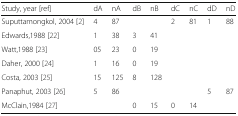
<table><thead><tr><td><b>Study, year [ref]</b></td><td><b>dA</b></td><td><b>nA</b></td><td><b>dB</b></td><td><b>nB</b></td><td><b>dC</b></td><td><b>nC</b></td><td><b>dD</b></td><td><b>nD</b></td></tr></thead><tbody><tr><td>Suputtamongkol, 2004 [2]</td><td>4</td><td>87</td><td></td><td></td><td>2</td><td>81</td><td>1</td><td>88</td></tr><tr><td>Edwards,1988 [22]</td><td>1</td><td>38</td><td>3</td><td>41</td><td></td><td></td><td></td><td></td></tr><tr><td>Watt,1988 [23]</td><td>05</td><td>23</td><td>0</td><td>19</td><td></td><td></td><td></td><td></td></tr><tr><td>Daher, 2000 [24]</td><td>1</td><td>16</td><td>0</td><td>19</td><td></td><td></td><td></td><td></td></tr><tr><td>Costa, 2003 [25]</td><td>15</td><td>125</td><td>8</td><td>128</td><td></td><td></td><td></td><td></td></tr><tr><td>Panaphut, 2003 [26]</td><td>5</td><td>86</td><td></td><td></td><td></td><td></td><td>5</td><td>87</td></tr><tr><td>McClain,1984 [27]</td><td></td><td></td><td>0</td><td>15</td><td>0</td><td>14</td><td></td><td></td></tr></tbody></table>